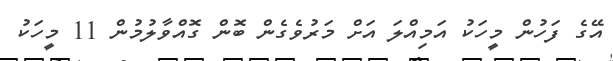
އޭގެ ފަހުން މީހަކު އަމިއްލަ އަށް މަރުވެގެން ބޮން ގޮއްވާލުމުން 11 މީހަކު